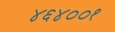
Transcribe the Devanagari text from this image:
४६४००१